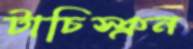
টাচিস্ক্রন